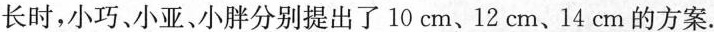
长时，小巧、小亚、小胖分别提出了10cm、12cm、14cm的方案.